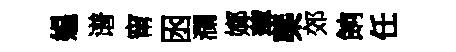
媪谱甯囦瀾嫏薄㮣郊餉任